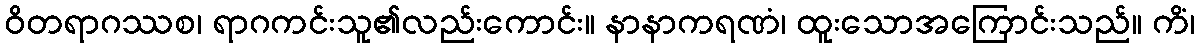
ဝိတရာဂဿစ၊ ရာဂကင်းသူ၏လည်းကောင်း။ နာနာကရဏံ၊ ထူးသောအကြောင်းသည်။ ကိံ၊